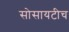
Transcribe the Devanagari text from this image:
सोसायटीच